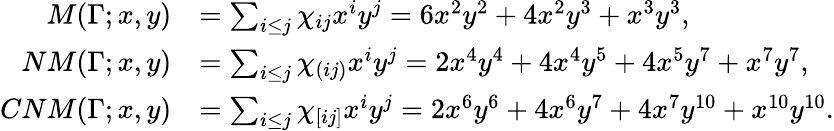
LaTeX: \begin{array}{rl}{M(\Gamma;x,y)}&{=\sum_{i\leq j}\chi_{ij}x^{i}y^{j}=6x^{2}y^{2}+4x^{2}y^{3}+x^{3}y^{3},}\\ {NM(\Gamma;x,y)}&{=\sum_{i\leq j}\chi_{(ij)}x^{i}y^{j}=2x^{4}y^{4}+4x^{4}y^{5}+4x^{5}y^{7}+x^{7}y^{7},}\\ {CNM(\Gamma;x,y)}&{=\sum_{i\leq j}\chi_{[ij]}x^{i}y^{j}=2x^{6}y^{6}+4x^{6}y^{7}+4x^{7}y^{10}+x^{10}y^{10}.}\end{array}